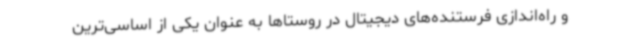
و راه‌اندازی فرستنده‌های دیجیتال در روستاها به عنوان یکی از اساسی‌ترین